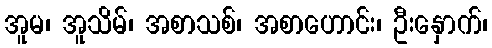
အူမ၊ အူသိမ်၊ အစာသစ်၊ အစာဟောင်း၊ ဦးနှောက်၊